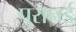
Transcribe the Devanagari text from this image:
पुरानई